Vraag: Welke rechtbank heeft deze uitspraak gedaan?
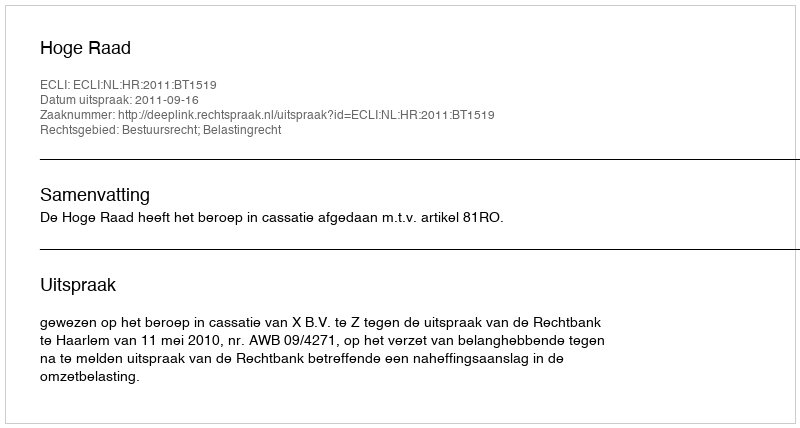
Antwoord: Hoge Raad